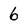
Character: 6